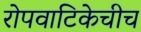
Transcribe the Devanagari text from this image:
रोपवाटिकेचीच